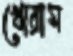
খোরাম